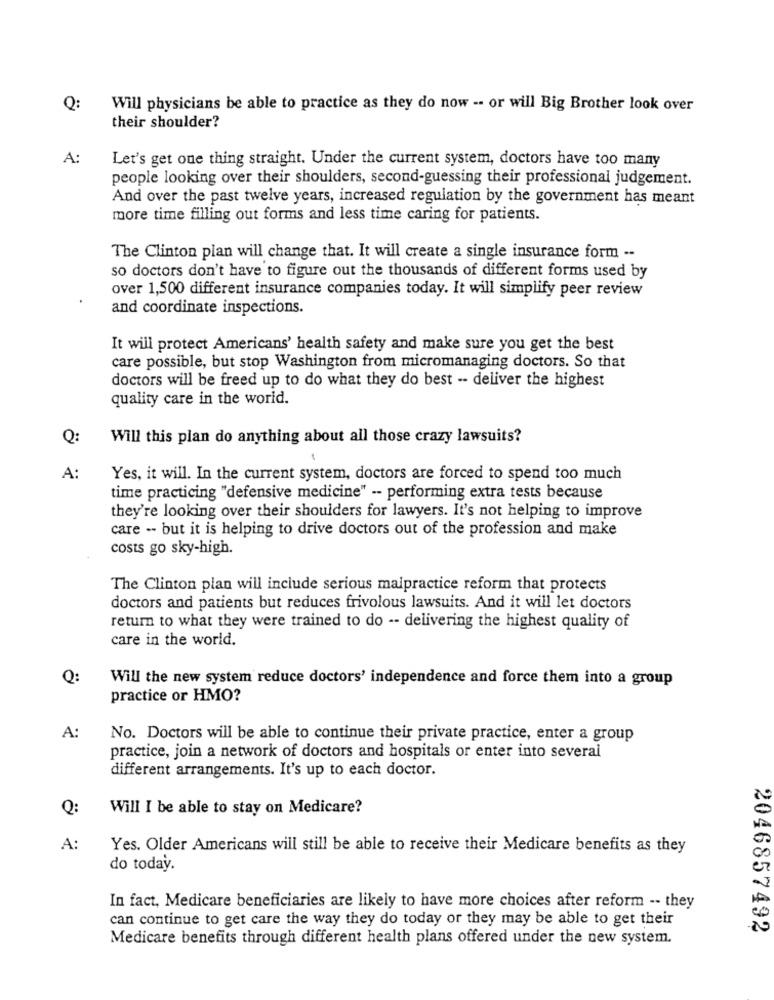
Q:
Will physicians be able to practice as they do now -- or will Big Brother look over
their shoulder?
A:
Let's get one thing straight. Under the current system, doctors have too many
people looking over their shoulders, second-guessing their professional judgement.
And over the past twelve years, increased regulation by the government has meant
more time filling out forms and less time caring for patients.
The Clinton plan will change that. It will create a single insurance form --
so doctors don't have to figure out the thousands of different forms used by
over 1,500 different insurance companies today. It will simplify peer review
and coordinate inspections.
It will protect Americans' health safety and make sure you get the best
care possible, but stop Washington from micromanaging doctors. So that
doctors will be freed up to do what they do best -- deliver the highest
quality care in the world.
O:
Will this plan do anything about all those crazy lawsuits?
A:
Yes, it will. In the current system, doctors are forced to spend too much
time practicing "defensive medicine" -- performing extra tests because
they're looking over their shoulders for lawyers. It's not helping to improve
care -- but it is helping to drive doctors out of the profession and make
costs go sky-high.
The Clinton plan will include serious malpractice reform that protects
doctors and patients but reduces frivolous lawsuits. And it will let doctors
return to what they were trained to do -- delivering the highest quality of
care in the world.
Q:
Will the new system reduce doctors' independence and force them into a group
practice or HMO?
A:
No. Doctors will be able to continue their private practice, enter a group
practice, join a network of doctors and hospitals or enter into several
different arrangements. It's up to each doctor.
Q:
Will I be able to stay on Medicare?
A:
Yes. Older Americans will still be able to receive their Medicare benefits as they
do today.
In fact, Medicare beneficiaries are likely to have more choices after reform -- they
can continue to get care the way they do today or they may be able to get their
2046857492
Medicare benefits through different health plans offered under the new system.